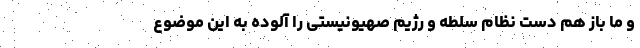
و ما باز هم دست نظام سلطه و رژیم صهیونیستی را آلوده به این موضوع